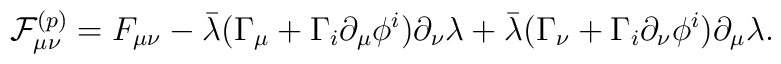
{\cal F}_{\mu\nu}^{(p)} = F_{\mu\nu} -  \bar\lambda (\Gamma_\mu + \Gamma_i \partial_\mu\phi^i)\partial_\nu \lambda+ \bar\lambda (\Gamma_\nu + \Gamma_i \partial_\nu\phi^i)\partial_\mu \lambda.